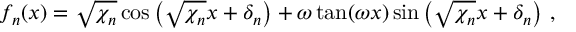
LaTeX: f _ { n } ( x ) = \sqrt { \chi _ { n } } \cos \left( \sqrt { \chi _ { n } } x + \delta _ { n } \right) + \omega \tan ( \omega x ) \sin \left( \sqrt { \chi _ { n } } x + \delta _ { n } \right) \, ,